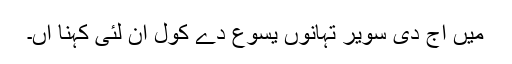
میں اَج دی سویر تہانوں یسوع دے کول آن لئی کہنا آں۔